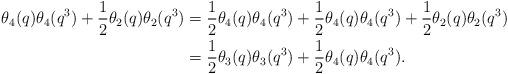
LaTeX: \begin{align*} \theta_4(q)\theta_4(q^3)+\dfrac{1}{2}\theta_2(q)\theta_2(q^3) &= \dfrac{1}{2}\theta_4(q)\theta_4(q^3)+\dfrac{1}{2}\theta_4(q)\theta_4(q^3)+\dfrac{1}{2}\theta_2(q)\theta_2(q^3)\\ &= \dfrac{1}{2}\theta_3(q)\theta_3(q^3)+\dfrac{1}{2}\theta_4(q)\theta_4(q^3).\end{align*}